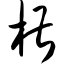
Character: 椹